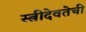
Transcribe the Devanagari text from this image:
स्त्रीदेवतेची